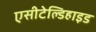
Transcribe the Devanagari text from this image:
एसीटेल्डिहाइड